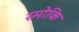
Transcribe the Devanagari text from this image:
स्मोकि